Lunatic asylums in Bengal annual reports 1912-1924 - 1912-1924
Year: 1912
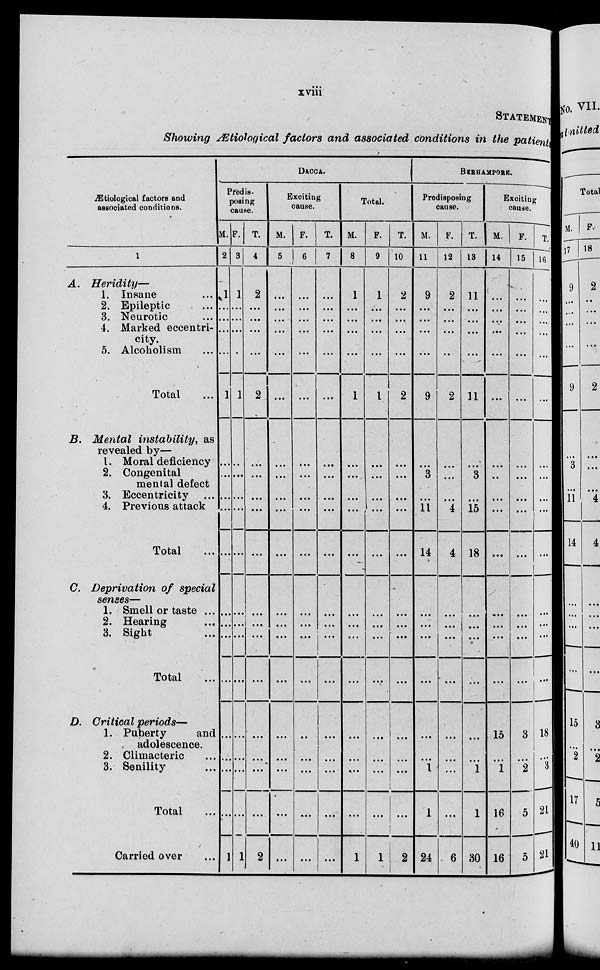
xviii
STATEMENT
Showing Ætiological factors and associated conditions in the patients
Ætiological factors and
associated conditions.
1
A.
Heridity—
1. Insane ...
2. Epileptic ...
3. Neurotic ...
4. Marked eccentri-
city.
5. Alcoholism ...
Total ...
B. Mental instability, as
revealed by—
1. Moral deficiency
2. Congenital
mental defect
3. Eccentricity ...
4. Previous attack
Total ...
C. Deprivation of special
senses—
1. Smell or taste ...
2. Hearing ...
3. Sight ...
Total ...
D. Critical periods—
1. Puberty
and
adolescence.
2. Climacteric ...
3. Senility ...
Total ...
Carried over ...
DACCA.
Predis-
posing
cause.
M.
2
1
...
...
...
...
1
...
...
...
...
...
...
...
...
...
...
...
...
...
1
F.
3
1
...
...
...
...
1
...
...
...
...
...
...
...
...
...
...
...
...
...
1
T.
4
2
...
...
...
...
2
...
...
...
...
...
...
...
...
...
...
...
...
...
2
Exciting
cause.
M.
5
...
...
...
...
...
...
...
...
...
...
...
...
...
...
...
...
...
...
...
...
F.
6
...
...
...
...
...
...
...
...
...
...
...
...
...
...
...
...
...
...
...
...
T.
7
...
...
...
...
...
...
...
...
...
...
...
...
...
...
...
...
...
...
...
...
Total.
M.
8
1
...
...
...
...
1
...
...
...
...
...
...
...
...
...
...
...
...
...
1
F.
9
1
...
...
...
...
1
...
...
...
...
...
...
...
...
...
...
...
...
...
1
T.
10
2
...
...
...
...
2
...
...
...
...
...
...
...
...
...
...
...
...
...
2
BERHAMPORE.
Predisposing
cause.
M.
11
9
...
...
...
...
9
...
3
...
11
14
...
...
...
...
...
...
1
1
24
F.
12
2
...
...
...
...
2
...
...
...
4
4
...
...
...
...
...
...
...
...
6
T.
13
11
...
...
...
...
11
...
3
...
15
18
...
...
...
...
...
...
1
1
30
Exciting
cause.
M.
14
...
...
...
...
...
...
...
...
...
...
...
...
...
...
...
15
...
1
16
16
F.
15
...
...
...
...
...
...
...
...
...
...
...
...
...
...
...
3
...
2
5
5
T.
16
...
...
...
...
...
...
...
...
...
...
...
...
...
...
...
18
...
3
21
21